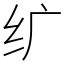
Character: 纩